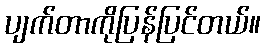
ပျက်တာကိုပြန်ပြင်တယ်။